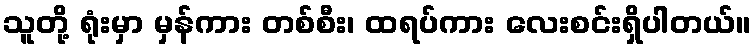
သူတို့ ရုံးမှာ မှန်ကား တစ်စီး၊ ထရပ်ကား လေးစင်းရှိပါတယ်။